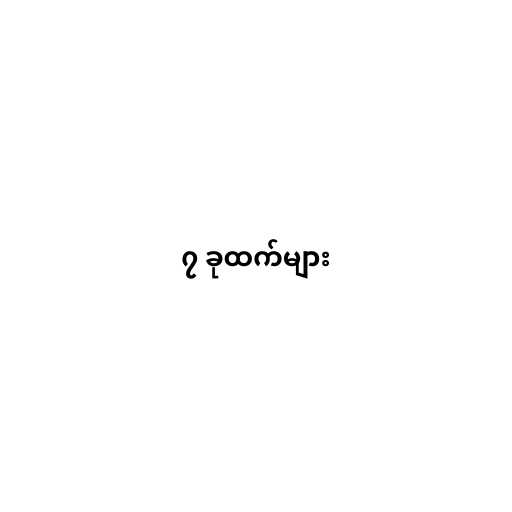
၇ ခုထက်များ